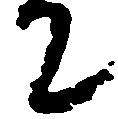
て